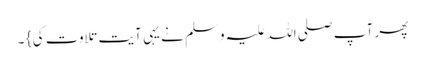
پھر آپ صلی اللہ علیہ وسلم نے یہی آیت تلاوت کی } ۔